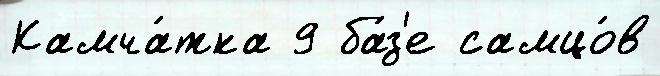
Камча́тка 9 ба́з'е самцо́в